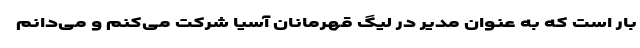
بار است که به عنوان مدیر در لیگ قهرمانان آسیا شرکت می‌کنم و می‌دانم